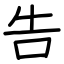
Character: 告